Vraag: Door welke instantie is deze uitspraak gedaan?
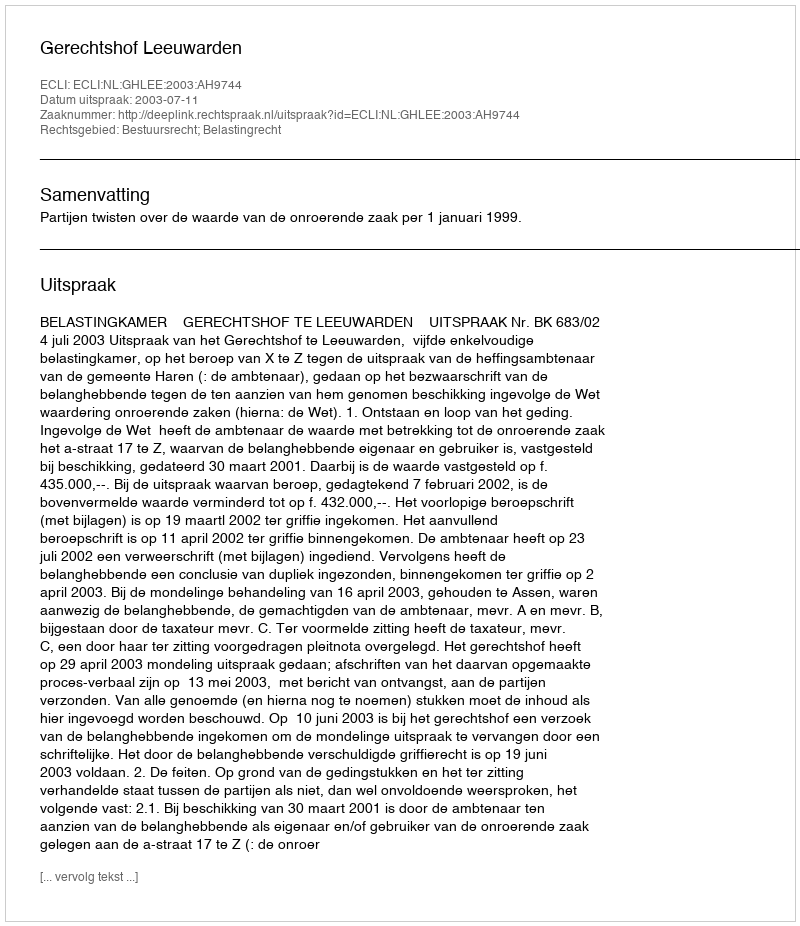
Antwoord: Gerechtshof Leeuwarden